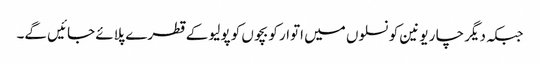
جبکہ دیگر چا ر یونین کونسلوں میں اتوار کو بچوں کو پولیو کے قطرے پلائے جائیں گے۔